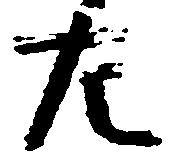
左